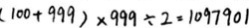
( 1 0 0 + 9 9 9 ) \times 9 9 9 \div 2 = 1 0 9 7 9 0 1